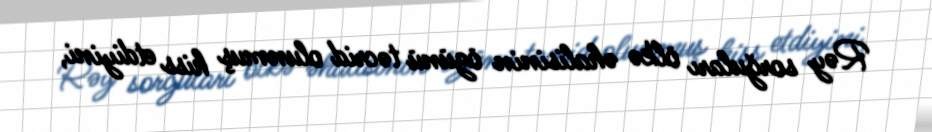
Rəy sorğuları ölkə əhalisinin özünü təcrid olunmuş hiss etdiyini,